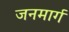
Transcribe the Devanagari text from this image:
जनमार्ग